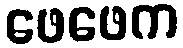
ဖေဖေက